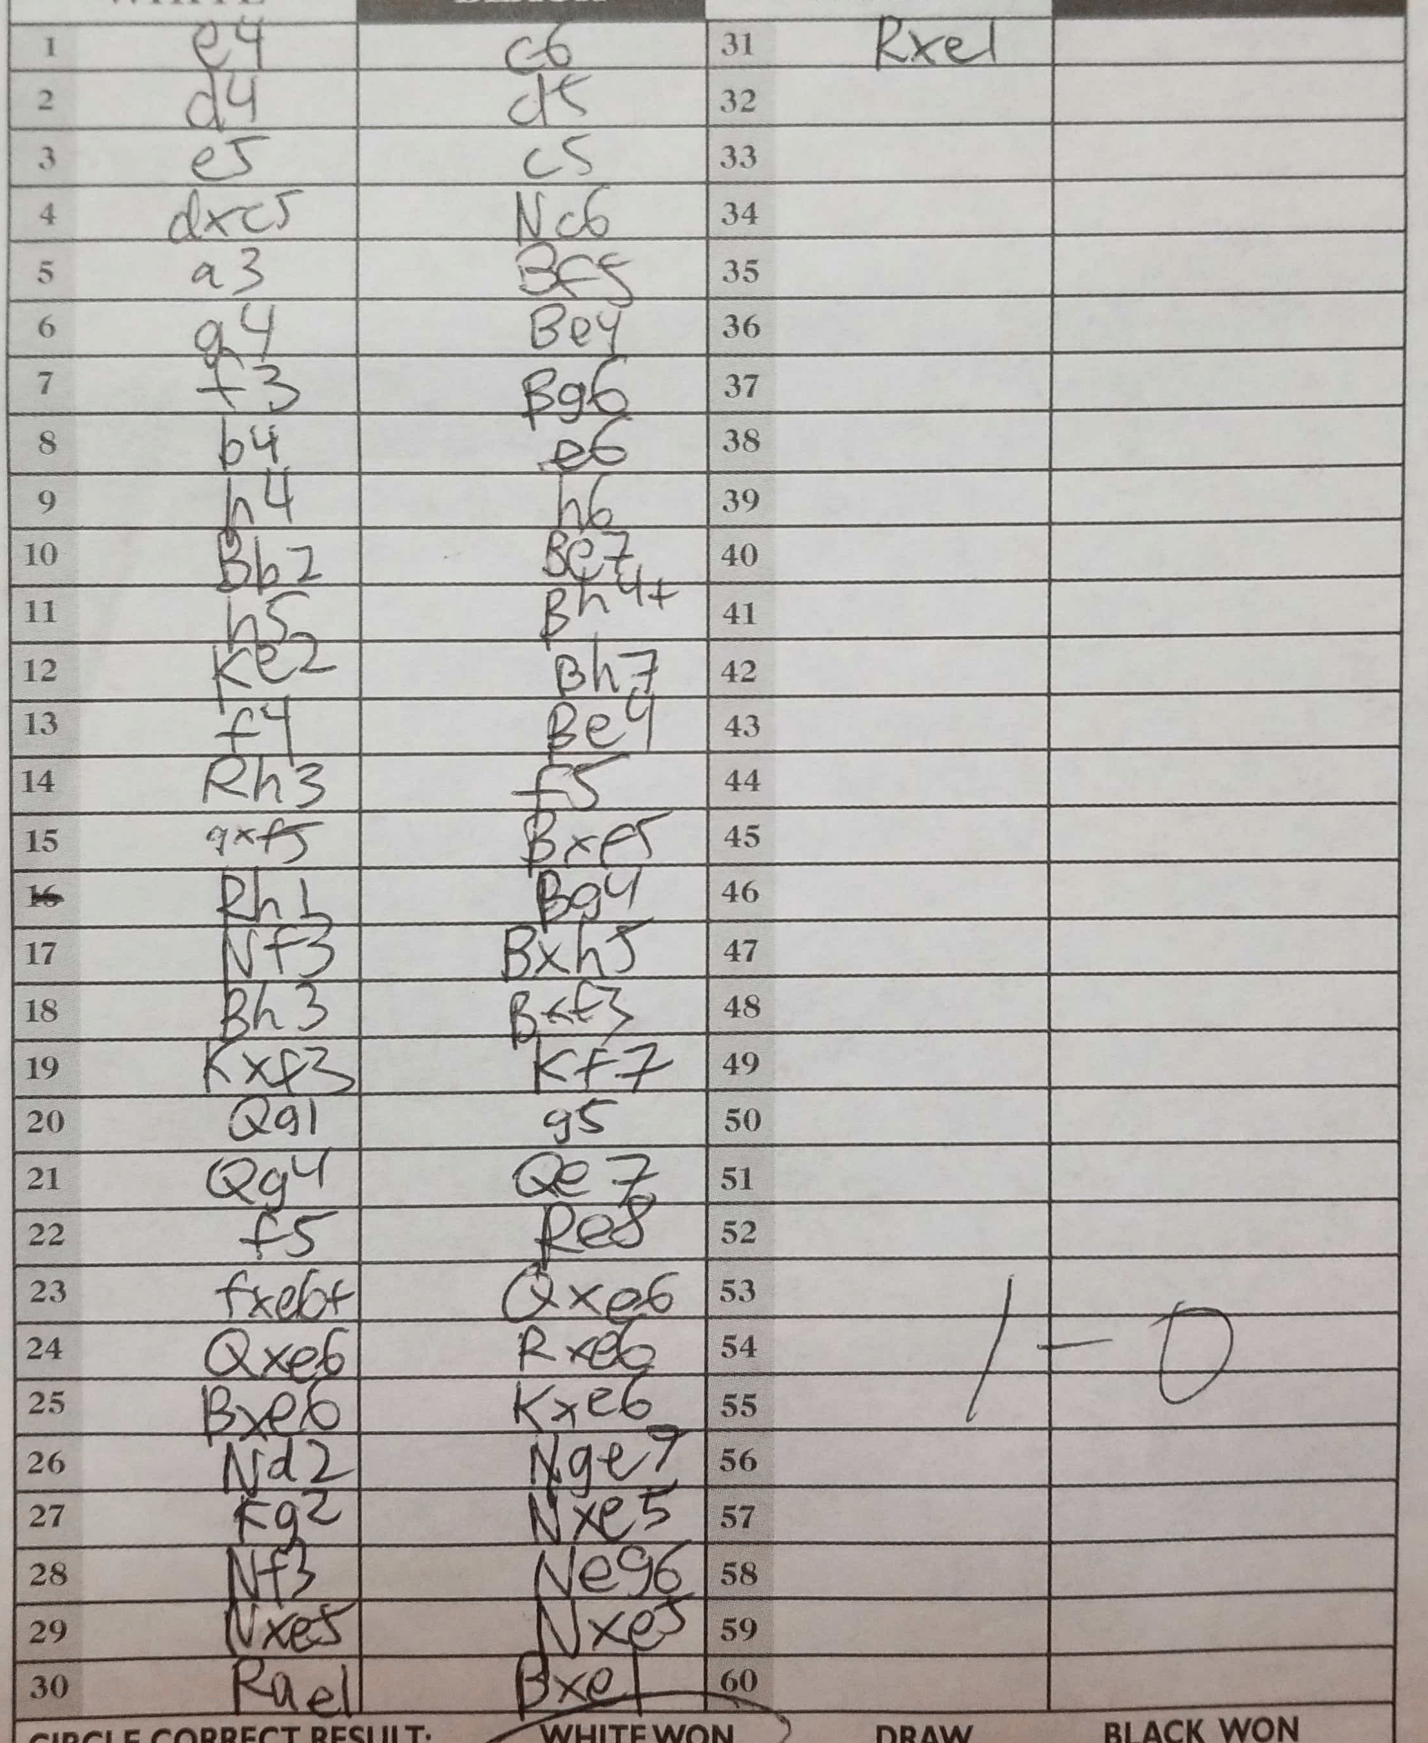
Moves: e4 c6 d4 d5 e5 c5 dxc5 Nc6 a3 Bf5 g4 Be4 f3 Bg6 b4 e6 h4 h6 Bb2 Be7 h5 Bh4+ Ke2 Bh7 f4 Be4 Rh3 f5 gxf5 Bxe5 Rh1 Bg4 Nf3 Bxh5 Bh3 Bxf3 Kxf3 Kf7 Qg1 g5 Qg4 Qe7 f5 Re8 fxe6+ Qxe6 Qxe6 Rxe6 Bxe6 Kxe6 Nd2 Nge7 Kg2 Nxe5 Nf3 Neg6 Nxe5 Nxe5 Rae1 Bxe1 Rxe1